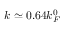
k \simeq 0 . 6 4 k _ { F } ^ { 0 }